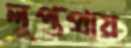
লুপ্তপ্রায়